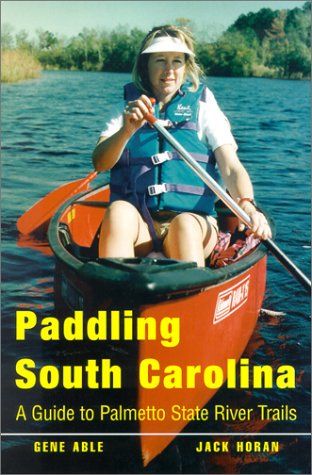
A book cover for Paddling South Carolina: A Guide to Palmetto State River Trails; Gene Able; Travel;